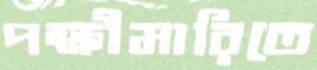
পক্ষীমারিতে